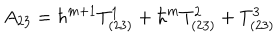
A _ { 2 3 } = \hbar ^ { m + 1 } T _ { ( 2 3 ) } ^ { 1 } + \hbar ^ { m } T _ { ( 2 3 ) } ^ { 2 } + T _ { ( 2 3 ) } ^ { 3 }